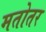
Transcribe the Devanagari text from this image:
मतोतर